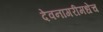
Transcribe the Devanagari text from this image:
देवनागरीमधेच